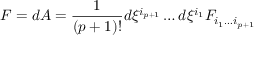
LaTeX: F = d A = { \frac { 1 } { ( p + 1 ) ! } } d \xi ^ { i _ { p + 1 } } \dots d \xi ^ { i _ { 1 } } F _ { i _ { 1 } \dots i _ { p + 1 } }